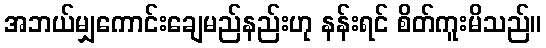
အဘယ်မျှကောင်းချေမည်နည်းဟု နန်းရင် စိတ်ကူးမိသည်။